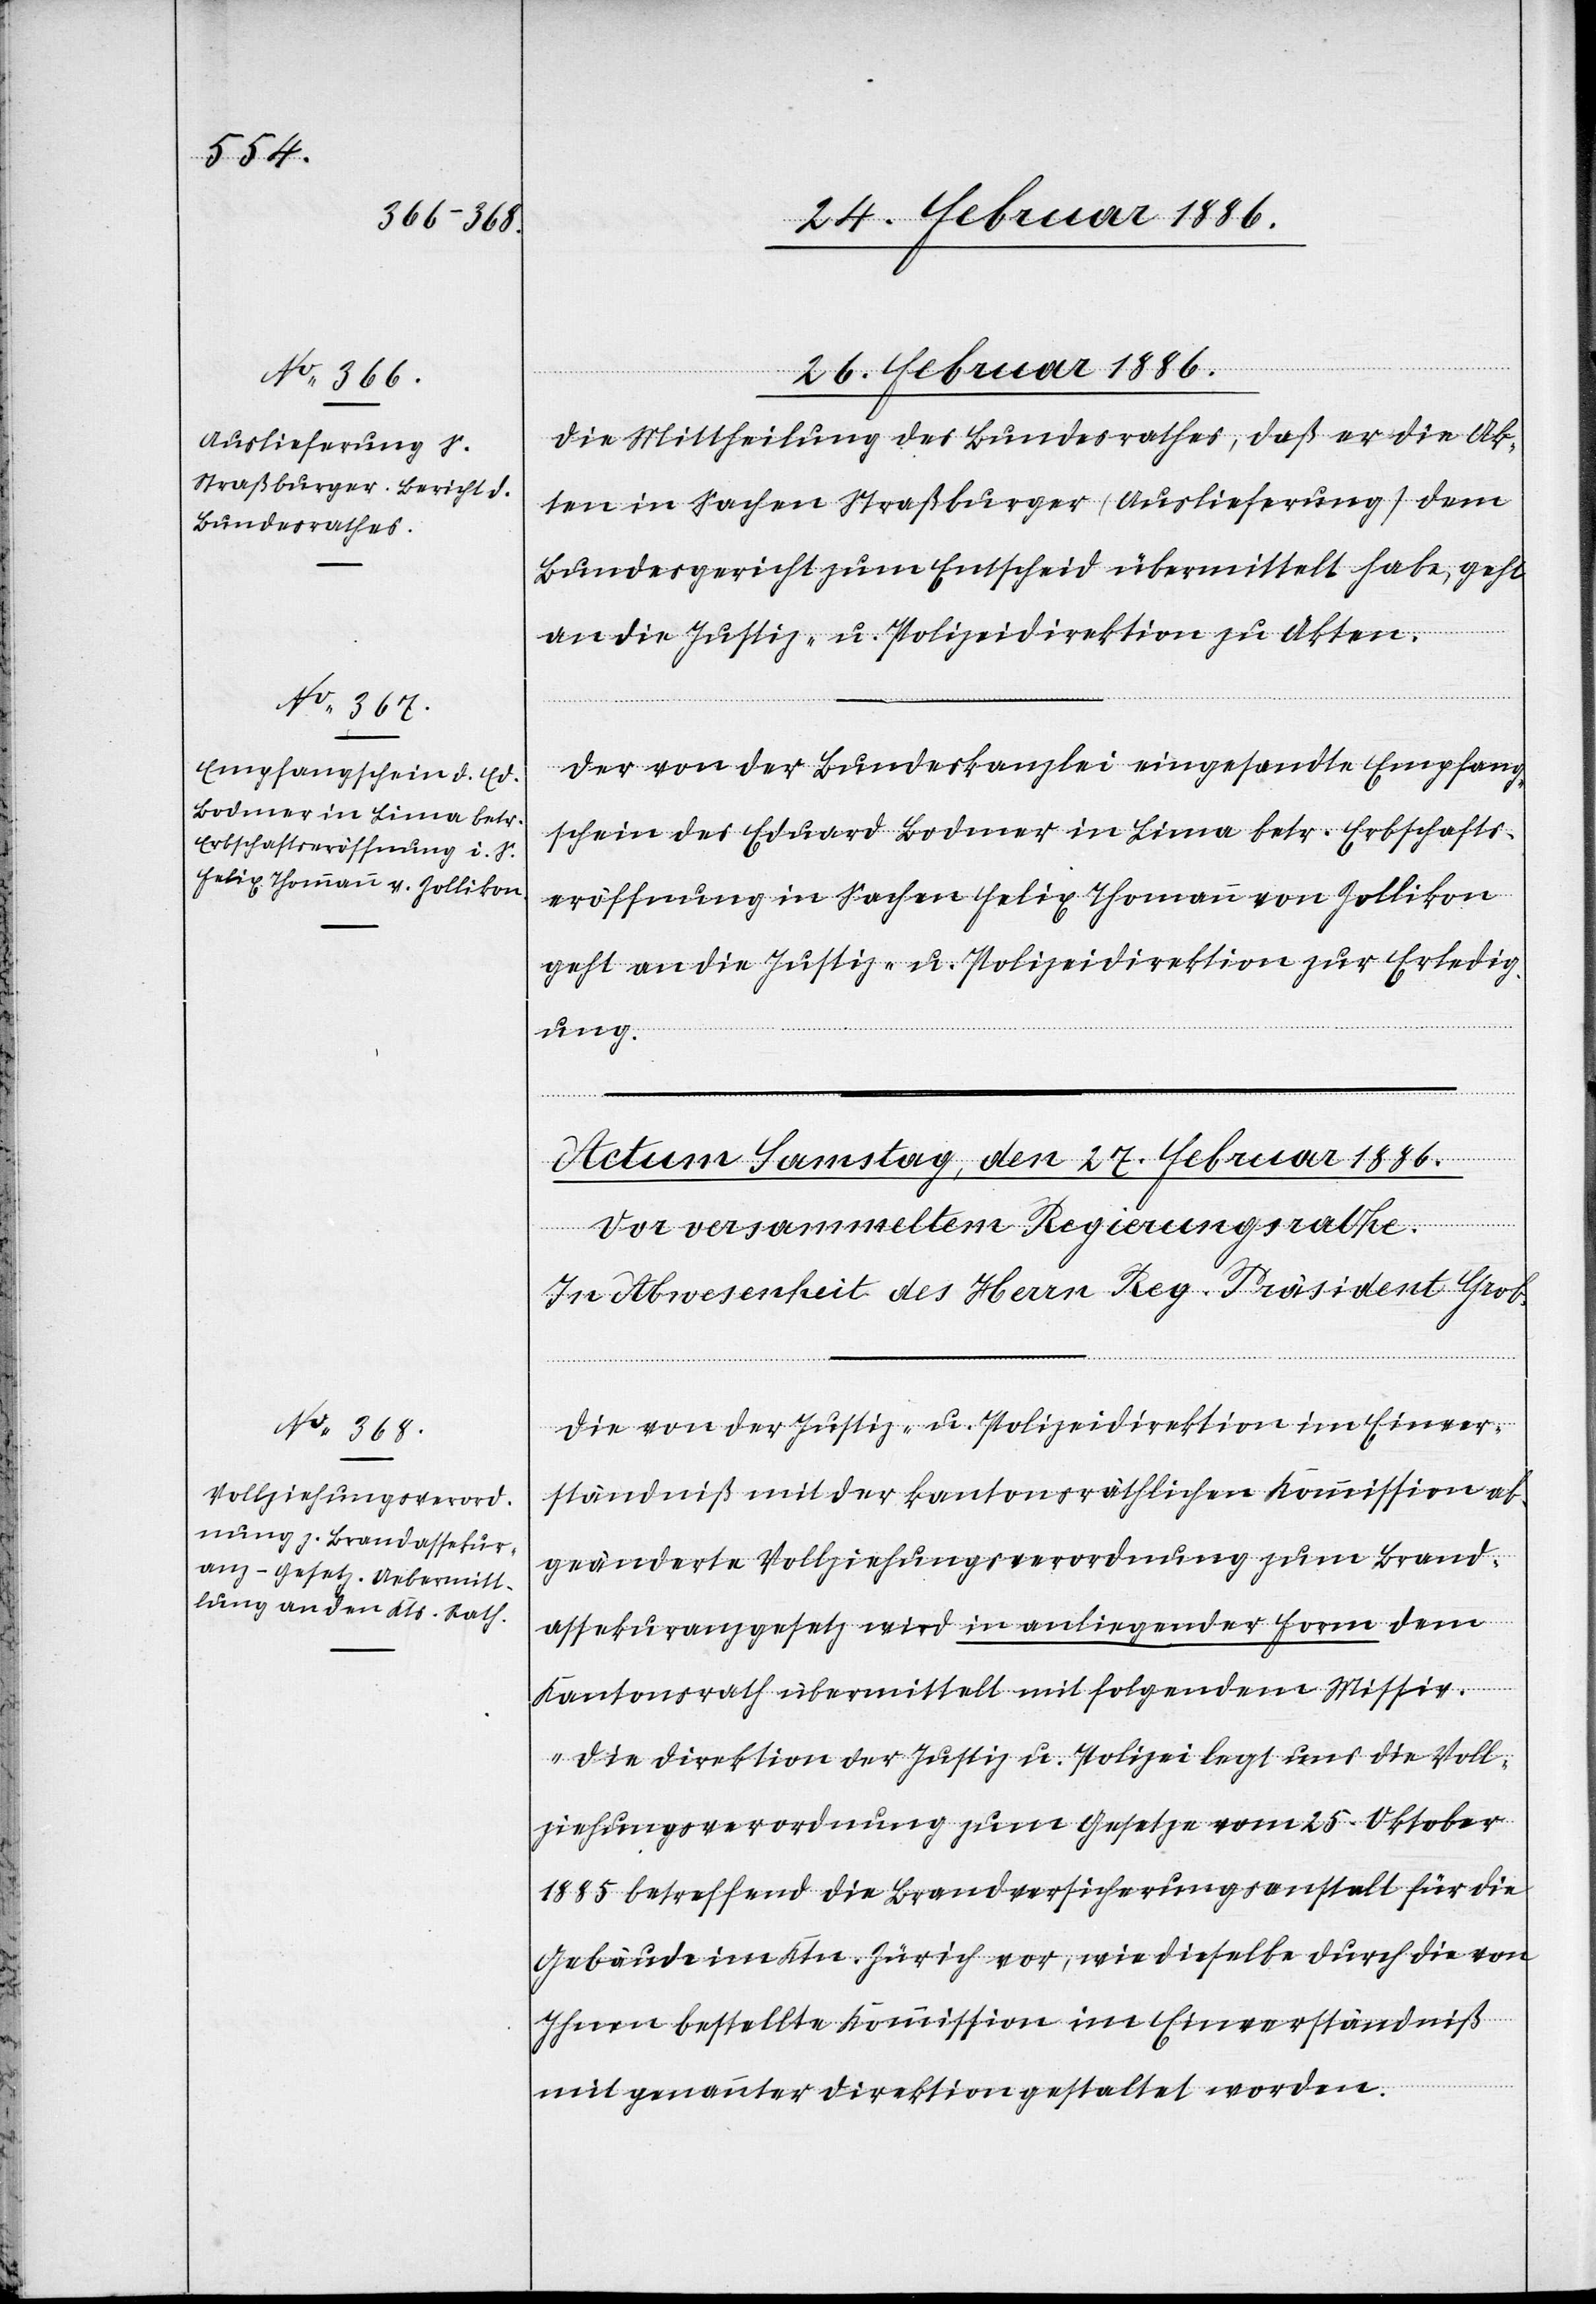
26. Februar 1886.]
Die Mittheilung des Bundesrathes, daß er die Ak¬
ten in Sachen Straßburger (Auslieferung) dem
Bundesgericht zum Entscheid übermittelt habe, geht
an die Justiz- u. Polizeidirektion zu Akten.
Der von der Bundeskanzlei einhergesandte Empfang¬
schein des Eduard Bodmer in Lima betr. Erbschafts¬
eröffnung in Sachen Felix Thomann von Zollikon
geht an die Justiz- u. Polizeidirektion zur Erledig¬
ung.